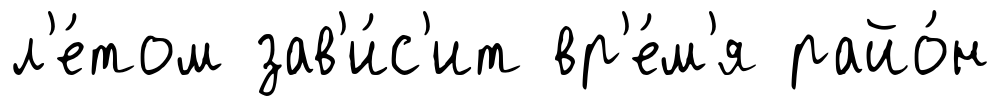
л'е́том зав'и́с'ит вр'е́м'я райо́н